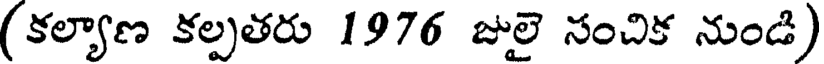
(కల్యాణ కల్పతరు 1976 జులై సంచిక నుండి)